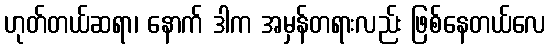
ဟုတ်တယ်ဆရာ၊ နောက် ဒါက အမှန်တရားလည်း ဖြစ်နေတယ်လေ